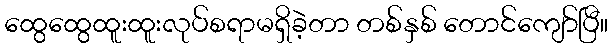
ထွေထွေထူးထူးလုပ်စရာမရှိခဲ့တာ တစ်နှစ် တောင်ကျော်ပြီ။